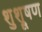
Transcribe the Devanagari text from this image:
शुश्रूषण